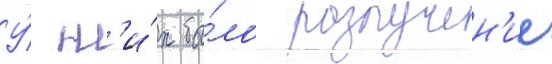
У́ н'и́х бы́ло разлучен'ие